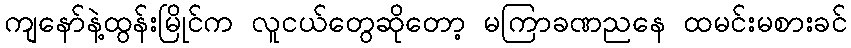
ကျနော်နဲ့ထွန်းမြိုင်က လူငယ်တွေဆိုတော့ မကြာခဏညနေ ထမင်းမစားခင်